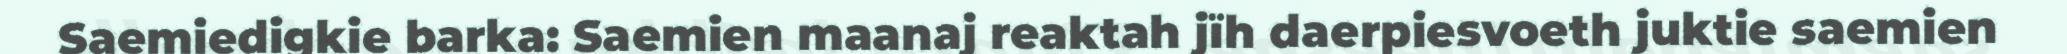
Saemiedigkie barka: Saemien maanaj reaktah jïh daerpiesvoeth juktie saemien